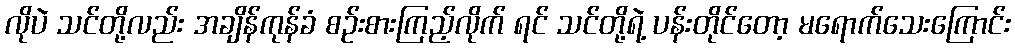
လိုပဲ သင်တို့လည်း အချိန်ကုန်ခံ စဉ်းစားကြည့်လိုက် ရင် သင်တို့ရဲ့ ပန်းတိုင်တော့ မရောက်သေးကြောင်း